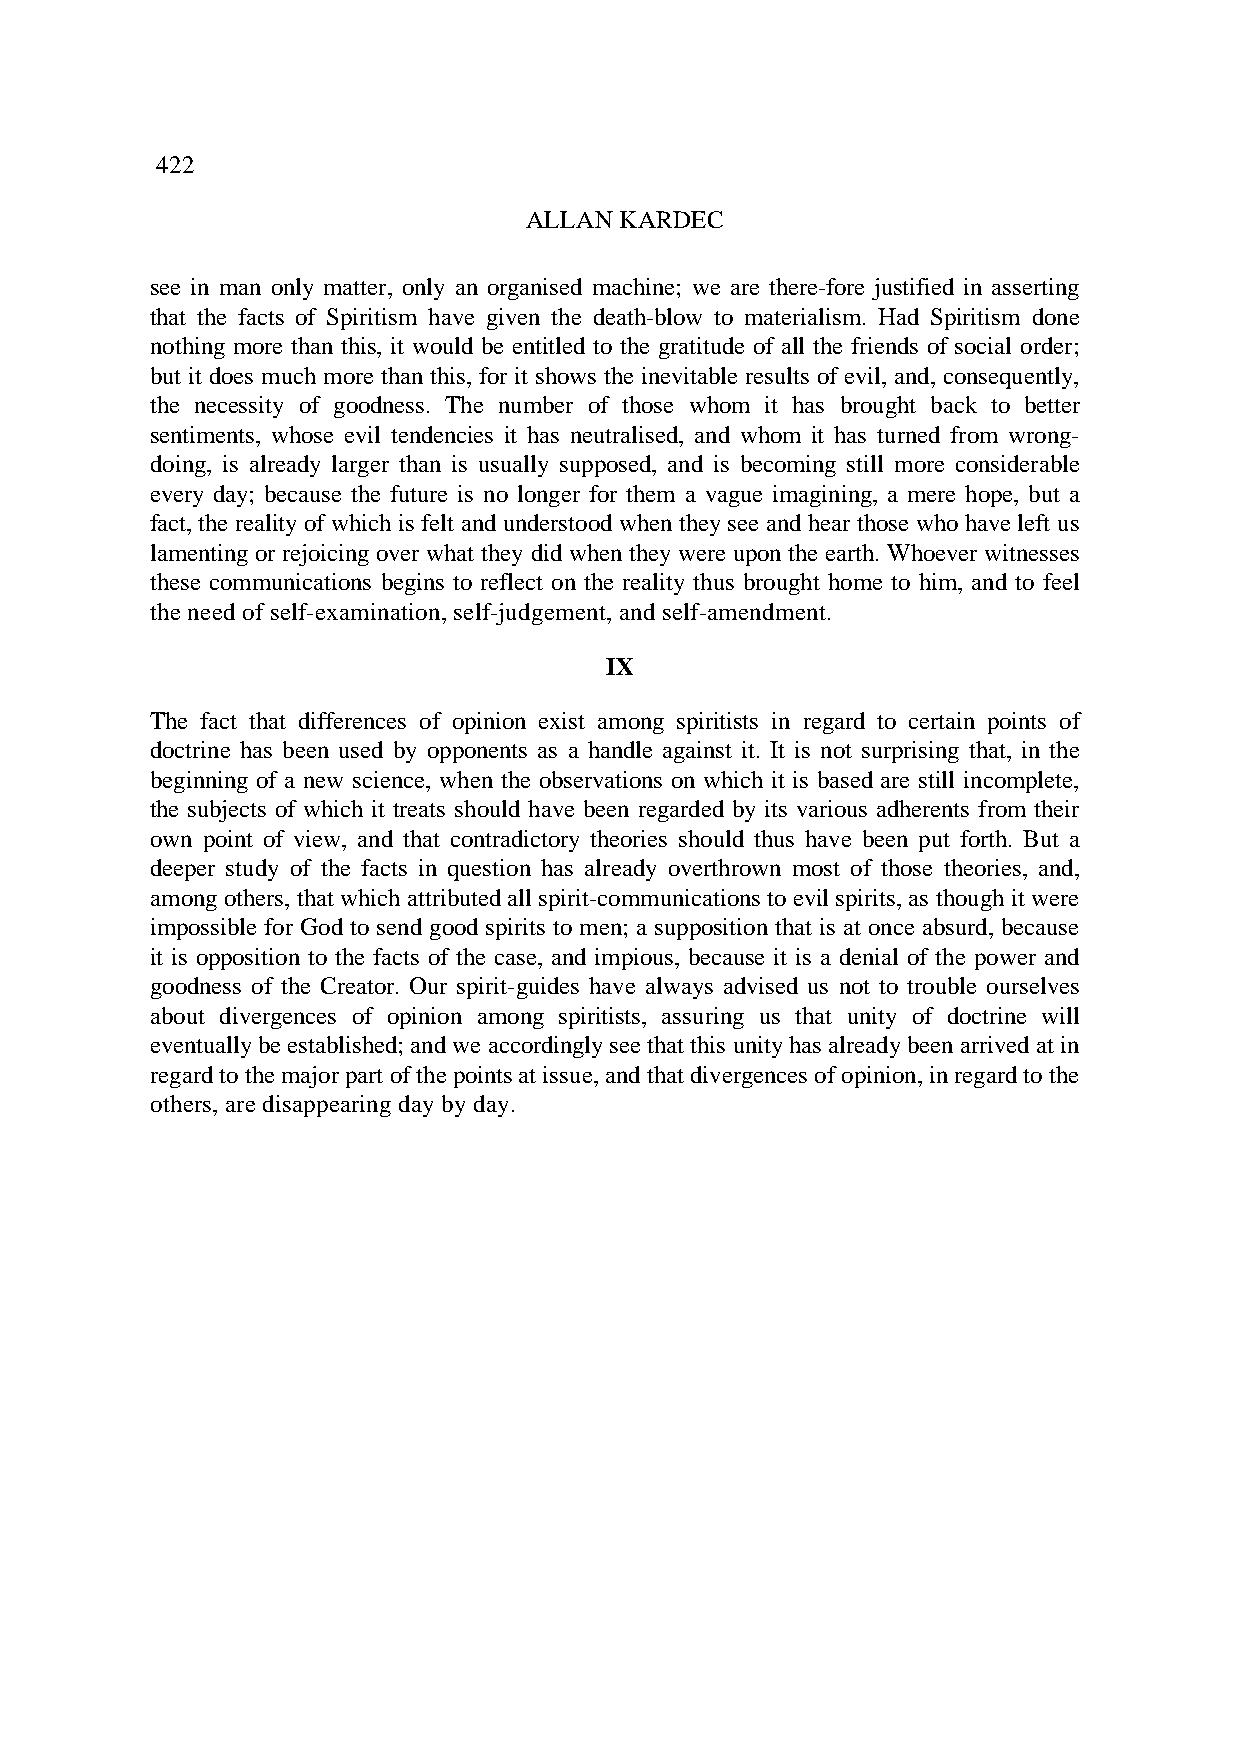
422
 ALLAN KARDEC
 see in man only matter, only an organised machine; we are there-fore justified in asserting
 that the facts of Spiritism have given the death-blow to materialism. Had Spiritism done
 nothing more than this, it would be entitled to the gratitude of all the friends of social order;
 but it does much more than this, for it shows the inevitable results of evil, and, consequently,
 the necessity of goodness. The number of those whom it has brought back to better
 sentiments, whose evil tendencies it has neutralised, and whom it has turned from wrong-
 doing, is already larger than is usually supposed, and is becoming still more considerable
 every day; because the future is no longer for them a vague imagining, a mere hope, but a
 fact, the reality of which is felt and understood when they see and hear those who have left us
 lamenting or rejoicing over what they did when they were upon the earth. Whoever witnesses
 these communications begins to reflect on the reality thus brought home to him, and to feel
 the need of self-examination, self-judgement, and self-amendment.
 IX
 The fact that differences of opinion exist among spiritists in regard to certain points of
 doctrine has been used by opponents as a handle against it. It is not surprising that, in the
 beginning of a new science, when the observations on which it is based are still incomplete,
 the subjects of which it treats should have been regarded by its various adherents from their
 own point of view, and that contradictory theories should thus have been put forth. But a
 deeper study of the facts in question has already overthrown most of those theories, and,
 among others, that which attributed all spirit-communications to evil spirits, as though it were
 impossible for God to send good spirits to men; a supposition that is at once absurd, because
 it is opposition to the facts of the case, and impious, because it is a denial of the power and
 goodness of the Creator. Our spirit-guides have always advised us not to trouble ourselves
 about divergences of opinion among spiritists, assuring us that unity of doctrine will
 eventually be established; and we accordingly see that this unity has already been arrived at in
 regard to the major part of the points at issue, and that divergences of opinion, in regard to the
 others, are disappearing day by day.